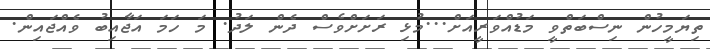
ތިޔަމީހުން ނިސްބަތްވީ މަޑުއްވަރީއަށް...މުޅި ރަށަށްވެސް ދެން ލަދު. މަ ހަމަ އަޖާއިބު ވެއްޖައިން.